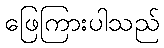
ဖြေကြားပါသည်